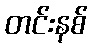
တင်းနစ်